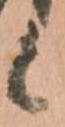
候